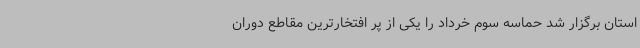
استان برگزار شد حماسه سوم خرداد را یکی از پر افتخارترین مقاطع دوران